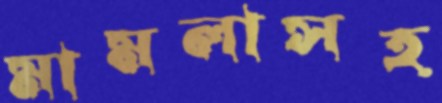
মামলাসহ